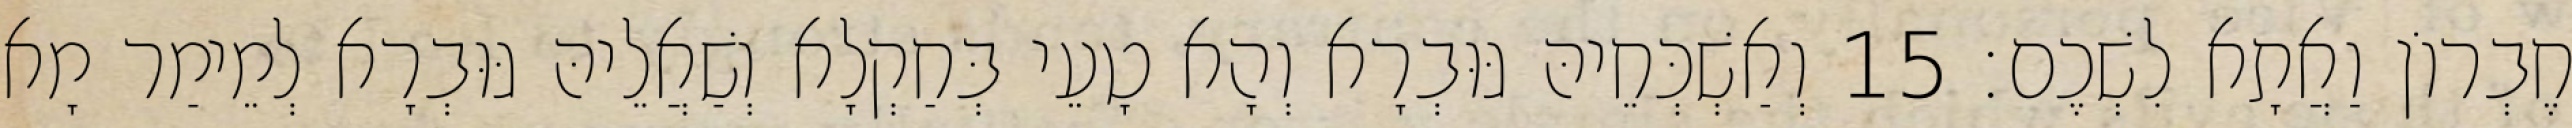
חֶבְרוֹן וַאֲתָא לִשְׁכֶם׃ 15 וְאַשְׁכְּחֵיהּ גּוּבְרָא וְהָא טָעֵי בְּחַקְלָא וְשַׁאֲלֵיהּ גּוּבְרָא לְמֵימַר מָא